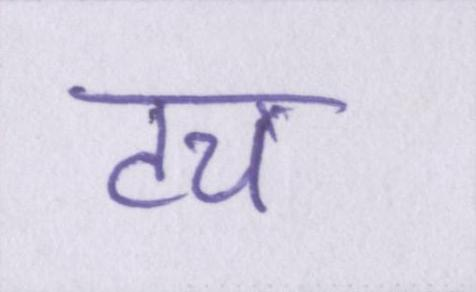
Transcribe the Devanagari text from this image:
टच